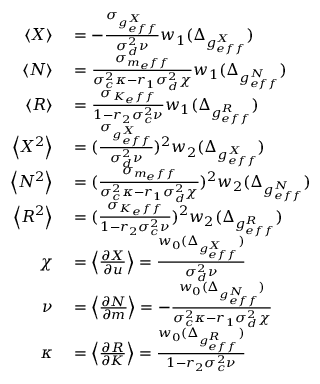
\begin{array} { r l } { \left< X \right> } & { { } = - \frac { \sigma _ { g _ { e f f } ^ { X } } } { \sigma _ { d } ^ { 2 } \nu } w _ { 1 } ( \Delta _ { g _ { e f f } ^ { X } } ) } \\ { \left< N \right> } & { { } = \frac { \sigma _ { m _ { e } f f } } { \sigma _ { c } ^ { 2 } \kappa - r _ { 1 } \sigma _ { d } ^ { 2 } \chi } w _ { 1 } ( \Delta _ { g _ { e f f } ^ { N } } ) } \\ { \left< R \right> } & { { } = \frac { \sigma _ { K _ { e } f f } } { 1 - r _ { 2 } \sigma _ { c } ^ { 2 } \nu } w _ { 1 } ( \Delta _ { g _ { e f f } ^ { R } } ) } \\ { \left< X ^ { 2 } \right> } & { { } = ( \frac { \sigma _ { g _ { e f f } ^ { X } } } { \sigma _ { d } ^ { 2 } \nu } ) ^ { 2 } w _ { 2 } ( \Delta _ { g _ { e f f } ^ { X } } ) } \\ { \left< N ^ { 2 } \right> } & { { } = ( \frac { \sigma _ { m _ { e } f f } } { \sigma _ { c } ^ { 2 } \kappa - r _ { 1 } \sigma _ { d } ^ { 2 } \chi } ) ^ { 2 } w _ { 2 } ( \Delta _ { g _ { e f f } ^ { N } } ) } \\ { \left< R ^ { 2 } \right> } & { { } = ( \frac { \sigma _ { K _ { e } f f } } { 1 - r _ { 2 } \sigma _ { c } ^ { 2 } \nu } ) ^ { 2 } w _ { 2 } ( \Delta _ { g _ { e f f } ^ { R } } ) } \\ { \chi } & { { } = \left< \frac { \partial X } { \partial u } \right> = \frac { w _ { 0 } ( \Delta _ { g _ { e f f } ^ { X } } ) } { \sigma _ { d } ^ { 2 } \nu } } \\ { \nu } & { { } = \left< \frac { \partial N } { \partial m } \right> = - \frac { w _ { 0 } ( \Delta _ { g _ { e f f } ^ { N } } ) } { \sigma _ { c } ^ { 2 } \kappa - r _ { 1 } \sigma _ { d } ^ { 2 } \chi } } \\ { \kappa } & { { } = \left< \frac { \partial R } { \partial K } \right> = \frac { w _ { 0 } ( \Delta _ { g _ { e f f } ^ { R } } ) } { 1 - r _ { 2 } \sigma _ { c } ^ { 2 } \nu } } \end{array}